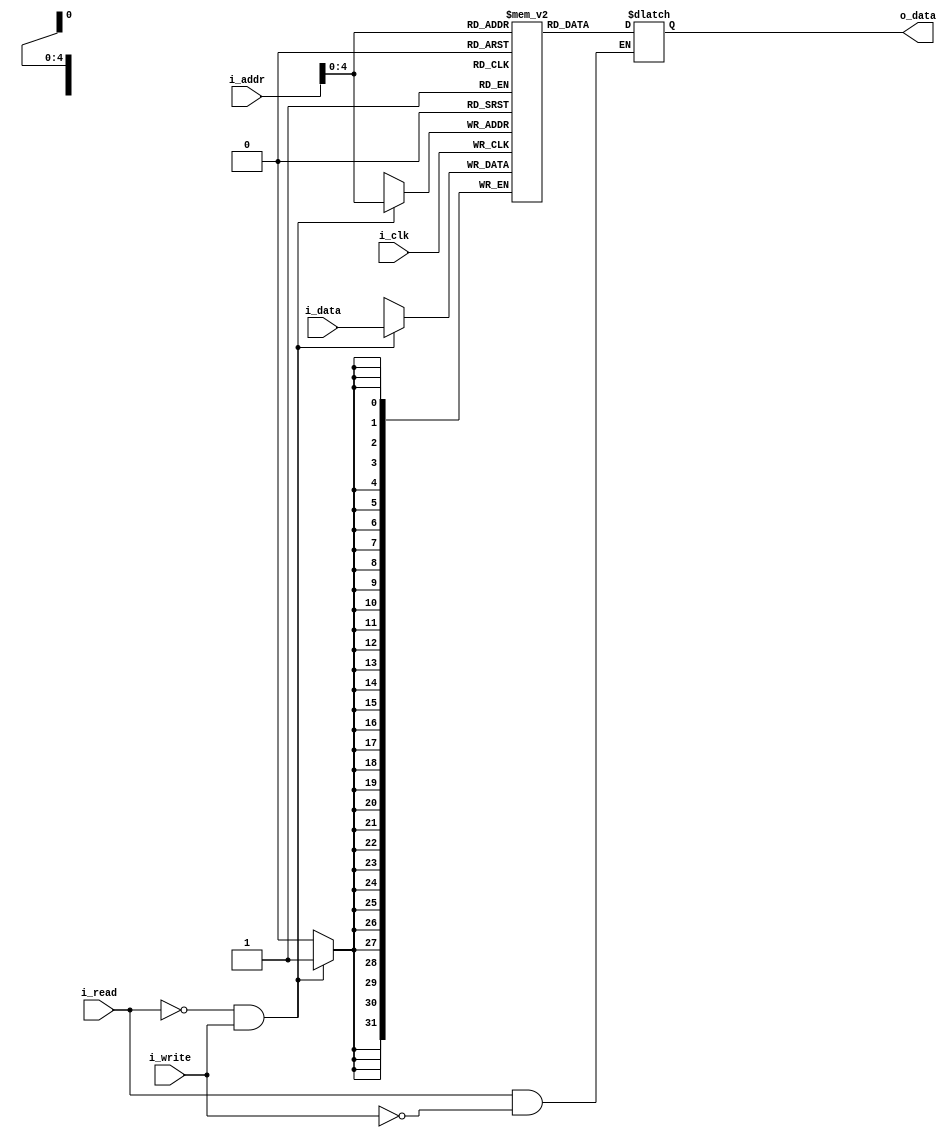
module ram(i_clk, i_addr, i_data, i_write, i_read, o_data);
parameter DATA_WIDTH = 32;
parameter ADDR_WIDTH = 32;

input                     i_clk, i_write, i_read;
input   [ADDR_WIDTH-1:0]  i_addr;
input   [DATA_WIDTH-1:0]  i_data;
output reg [DATA_WIDTH-1:0]  o_data;

reg [DATA_WIDTH-1:0] RAM [ADDR_WIDTH-1:0];

initial begin
	RAM[0] = 2;
	RAM[1] = 5;
	RAM[2] = 1;
end


always@(*) begin
	if(i_read && ~i_write)begin
		o_data <= RAM[i_addr];
	end
	
end  

always@(posedge i_clk) begin
	if(~i_read && i_write)begin
		RAM[i_addr] <= i_data;
	end
end  

endmodule